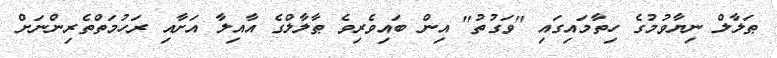
ޠަލާލް ނިޔާވުމުގެ ހިތާމައިގައި "ވަގުތު" އިން ބައިވެރިވެ ޠާލާލްގެ އާއިލާ އަށާއި ރަހުމަތްތެރިންނަށް